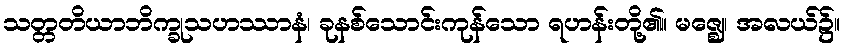
သတ္တတိယာဘိက္ခုသဟဿာနံ၊ ခုနစ်သောင်းကုန်သော ရဟန်းတို့၏။ မဇ္ဈေ၊ အလယ်၌။